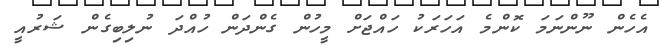
އެހެން ނޫންނަމަ ކޮންމެ އަހަރަކު ހައްޖަށް މީހުން ގެންދަން ހުއްދަ ނުލިބިގެން ޝަރުއީ